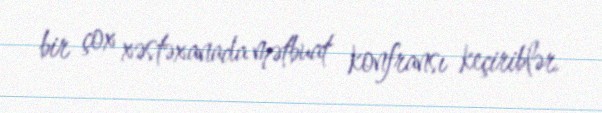
bir çox xəstəxanada mətbuat konfransı keçiriblər.